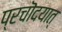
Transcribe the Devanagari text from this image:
प्रचॊदयात्